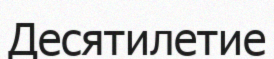
Десятилетие